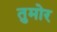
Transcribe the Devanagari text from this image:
तुमोर